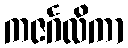
ကဇင်္ဂလိကာ